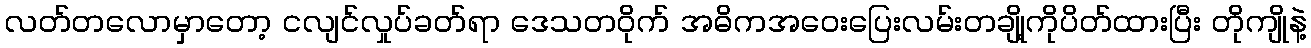
လတ်တလောမှာတော့ ငလျင်လှုပ်ခတ်ရာ ဒေသတဝိုက် အဓိကအဝေးပြေးလမ်းတချို့ကိုပိတ်ထားပြီး တိုကျိုနဲ့